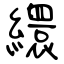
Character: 繯